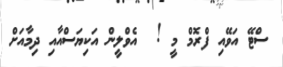
ސްޓޭ އަވޭއި ފްރޮމް މީ !  އެވްލީން އަކިޔަސްއާއި ދިމާއަށް